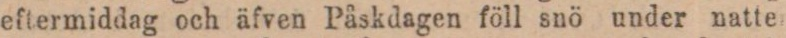
eftermiddag och äfven Påskdagen föll snö under natte-